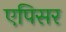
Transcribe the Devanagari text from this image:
एपिसर